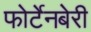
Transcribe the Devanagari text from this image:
फोर्टेनबेरी